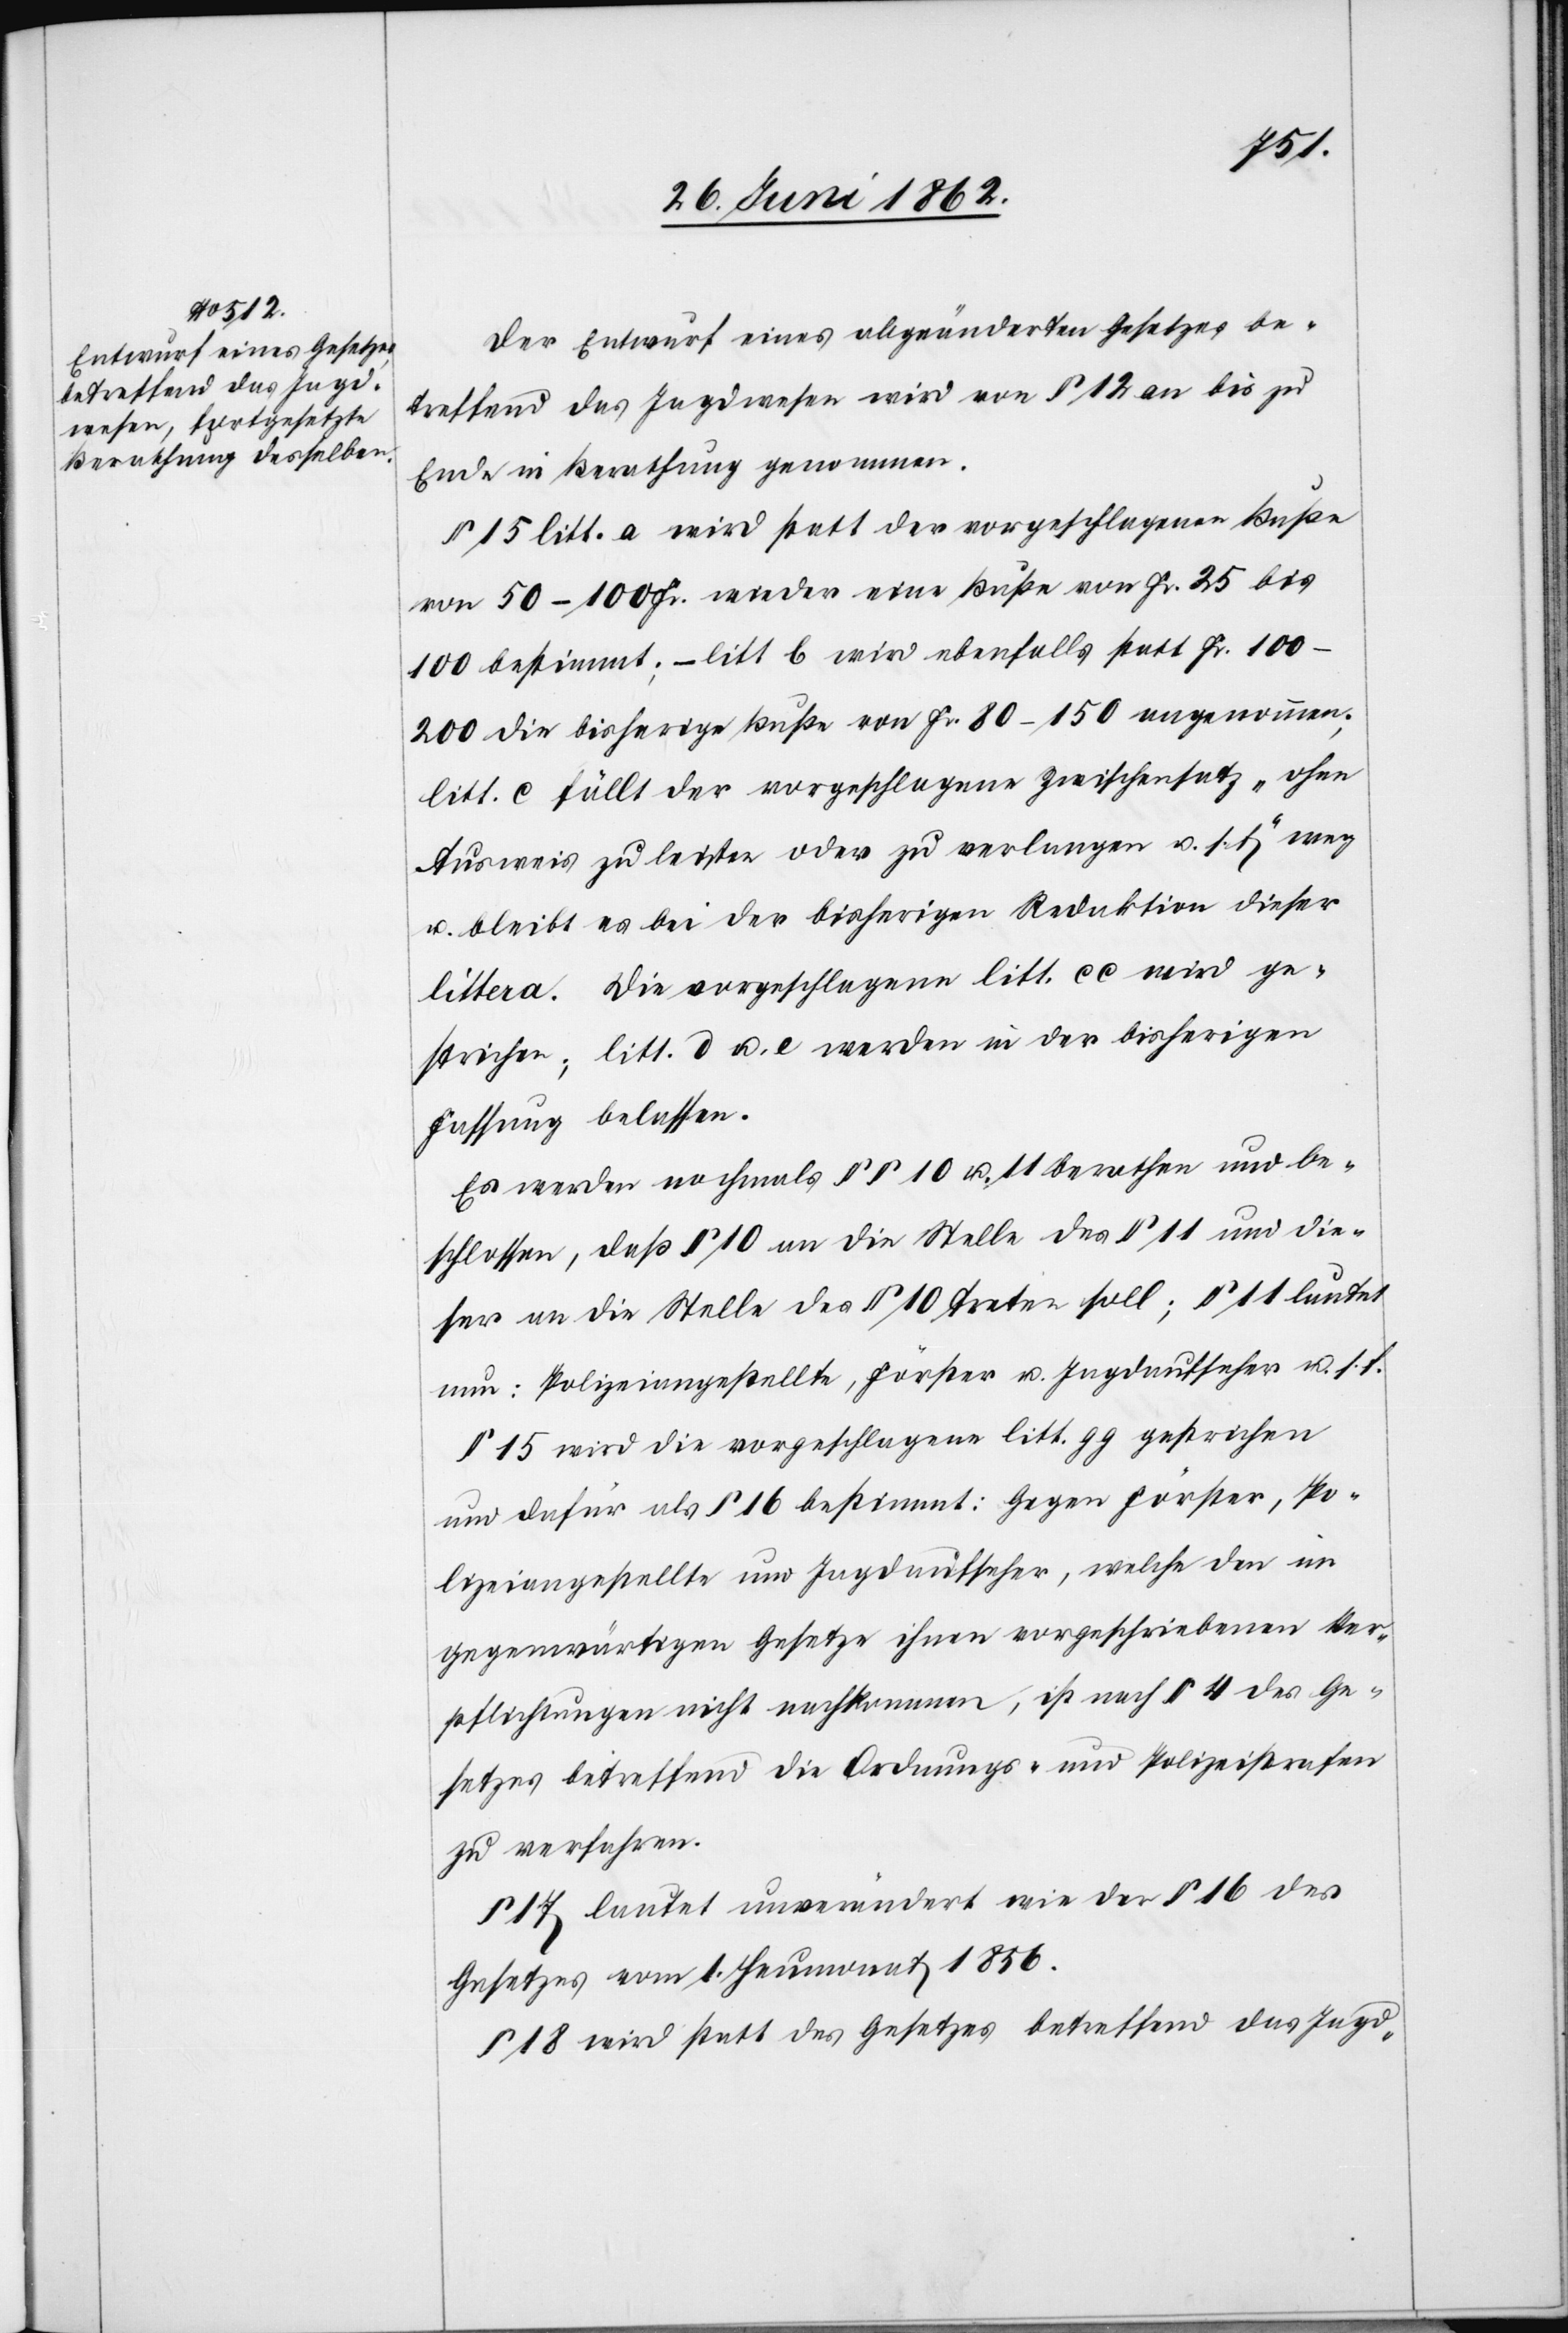
Der Entwurf eines abgeänderten Gesetzes be¬
treffend das Jagdwesen wird von § 12 an bis zu
Ende in Berathung genommen.
§ 15 litt. a wird statt der vorgeschlagenen Buße
von 50–100 Fr. wieder eine Buße von Fr. 25 bis
100 bestimmt; – litt. b wird ebenfalls statt Fr.
100–200 die bisherige Buße von Fr. 80–150 angenommen;
litt. c fällt der vorgeschlagene Zwischensatz „ohne
Ausweis zu leisten oder zu verlangen u. s. f.“ weg
u. bleibt es bei der bisherigen Redaktion dieser
Littera. Die vorgeschlagene Litt. cc wird ge¬
strichen, litt. d u. e werden in der bisherigen
Fassung belassen.
Es werden nochmals §§ 10 u. 11 berathen und be¬
schlossen, daß § 10 an die Stelle des § 11 und die¬
ser an die Stelle des § 10 treten soll; § 11 lautet
nun: Polizeiangestellte, Förster u. Jagdaufseher u. s. f.
§ 15. wird die vorgeschlagene litt. gg gestrichen
und dafür als § 16 bestimmt: Gegen Förster, Po¬
lizeiangestellte und Jagdaufseher, welche den im
gegenwärtigen Gesetze ihnen vorgeschriebnen Ver¬
pflichtungen nicht nachkommen, ist nach § 4 des Ge¬
setzes betreffend die Ordnungs- und Polizeistrafen
zu verfahren.
§ 17 lautet unverändert wie der § 16 des
Gesetzes vom 1. Heumonat 1856.
§ 18 wird statt des Gesetzes betreffen das Jagd-